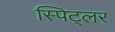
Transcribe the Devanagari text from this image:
स्पिट्लर